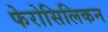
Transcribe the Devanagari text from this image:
फेरोसिलिकन